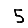
Digit: 5